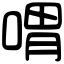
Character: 喟